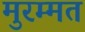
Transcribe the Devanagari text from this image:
मुरम्मत